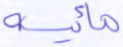
مائية